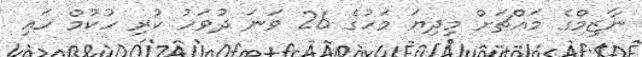
ނާޒިމްގެ މައްޗަށް މިދިޔަ މަހުގެ 26 ވަނަ ދުވަހު ކުރި ހުކުމް ހައި